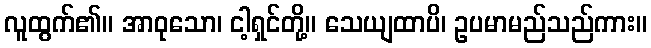
လူထွက်၏။ အာဝုသော၊ ငါ့ရှင်တို့။ သေယျထာပိ၊ ဥပမာမည်သည်ကား။